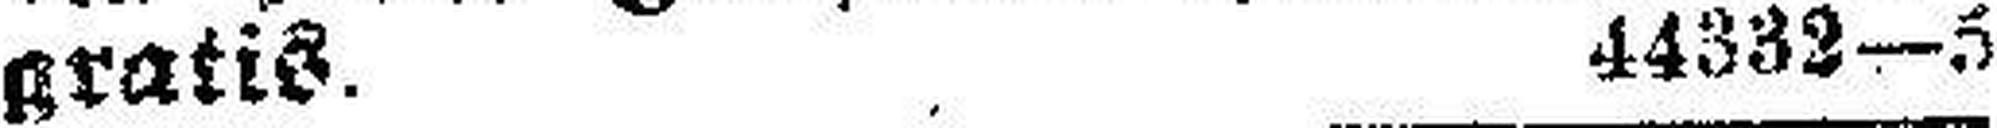
gratis. 44332—5